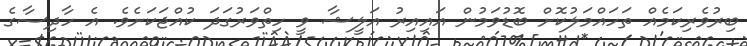
ބިރުވެރިކަމެއް ތަހައްމަލުކޮށް ބޮޑުވަމުން އައިއިރު އަލީޝާ ވީ ހިތްވަރުގަދަ ކުއްޖަކަށެވެ. އެ ހާދިސާގެ